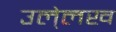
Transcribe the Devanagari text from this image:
उले्लख